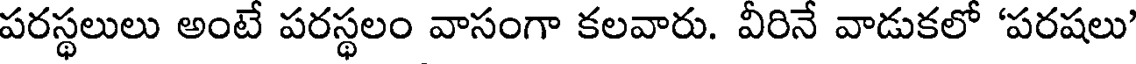
పరస్థలులు అంటే పరస్థలం వాసంగా కలవారు. వీరినే వాడుకలో 'పరషలు